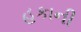
હકાની